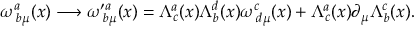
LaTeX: \omega _ { \; b \mu } ^ { a } ( x ) \longrightarrow \omega _ { \; b \mu } ^ { \prime a } ( x ) = \Lambda _ { c } ^ { a } ( x ) \Lambda _ { b } ^ { d } ( x ) \omega _ { \; d \mu } ^ { c } ( x ) + \Lambda _ { c } ^ { a } ( x ) \partial _ { \mu } \Lambda _ { b } ^ { c } ( x ) .